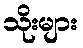
သိုးများ